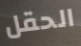
الحقل